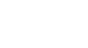
ကပ္ပိယာ